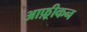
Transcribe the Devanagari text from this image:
आफ़्रीकन